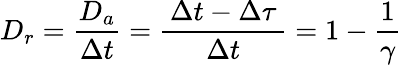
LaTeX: D_{r}=\frac{D_{a}}{\Delta t}=\frac{\, \Delta t-\Delta\tau\, }{\Delta t}=1-\frac{1}{\gamma}